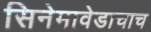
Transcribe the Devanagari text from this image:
सिनेमावेडाचाच